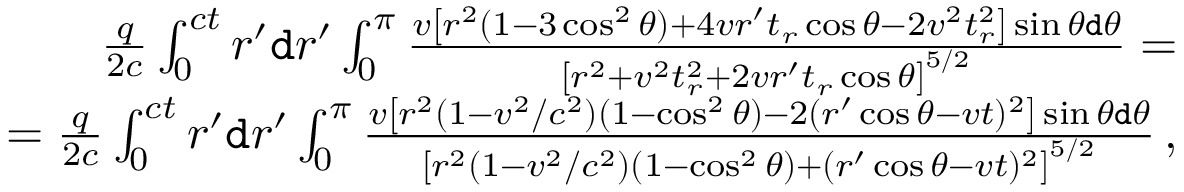
\begin{array} { r } { \frac { q } { 2 c } \int _ { 0 } ^ { c t } r ^ { \prime } \mathtt { d } r ^ { \prime } \int _ { 0 } ^ { \pi } \frac { v \left[ r ^ { 2 } ( 1 - 3 \cos ^ { 2 } \theta ) + 4 v r ^ { \prime } t _ { r } \cos \theta - 2 v ^ { 2 } t _ { r } ^ { 2 } \right] \sin \theta \mathtt { d } \theta } { \left[ r ^ { 2 } + v ^ { 2 } t _ { r } ^ { 2 } + 2 v r ^ { \prime } t _ { r } \cos \theta \right] ^ { 5 / 2 } } = } \\ { = \frac { q } { 2 c } \int _ { 0 } ^ { c t } r ^ { \prime } \mathtt { d } r ^ { \prime } \int _ { 0 } ^ { \pi } \frac { v \left[ r ^ { 2 } ( 1 - v ^ { 2 } / c ^ { 2 } ) ( 1 - \cos ^ { 2 } \theta ) - 2 ( r ^ { \prime } \cos \theta - v t ) ^ { 2 } \right] \sin \theta \mathtt { d } \theta } { \left[ r ^ { 2 } ( 1 - v ^ { 2 } / c ^ { 2 } ) ( 1 - \cos ^ { 2 } \theta ) + ( r ^ { \prime } \cos \theta - v t ) ^ { 2 } \right] ^ { 5 / 2 } } \, , } \end{array}